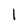
Character: 1